Leaving Certificate Examination, 1910
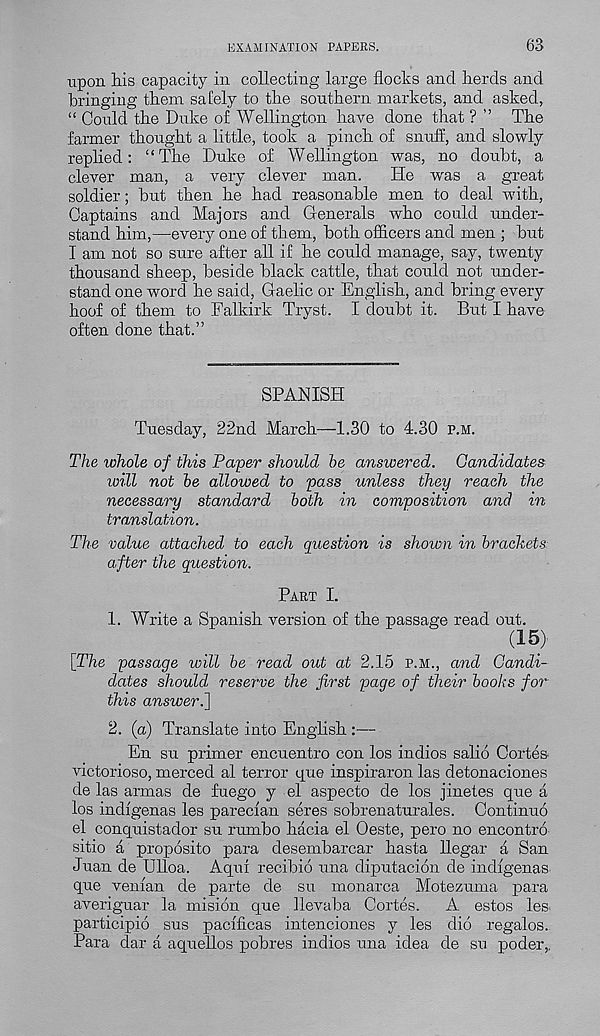
EXAMINATION PAPERS.
63
upon Ms capacity in collecting large flocks and lierds and
bringing them safely to the southern markets, and asked,
“ Could the Duke of Wellington have done that ? ” The
farmer thought a little, took a pinch of snuff, and slowly
replied: “The Duke of Wellington was, no doubt, a
clever man, a very clever man.
He was a great
soldier; but then he had reasonable men to deal with,
Captains and Majors and Generals who could under-
stand him,—every one of them, both officers and men ; but
I am not so sure after all if he could manage, say, twenty
thousand sheep, beside black cattle, that could not under-
stand one word he said, Gaelic or English, and bring every
hoof of them to Falkirk Tryst. I doubt it. But I have
often done that.”
SPANISH
Tuesday, 22nd March—1.30 to 4.30 p.m.
The whole of this Paper should he answered. Candidates
will not he allowed to pass unless they reach the
necessary standard both in composition and in
translation.
The value attached to each question is shown in brackets
after the question.
Part I.
1. Write a Spanish version of the passage read out.
( 15>
[The passage will be read out at 2.15 p.m., and Candi-
dates should reserve the first page of their books for
this answer.~\
2. (a) Translate into English :—
En su primer encuentro con los indios salio Cortes
victorioso, merced al terror que inspiraron las detonaciones
de las armas de fuego y el aspecto de los jinetes que a
los indigenas les parecian seres sobrenaturales. Continue
el conquistador su rumbo hacia el Oeste, pero no encontro
sitio a proposito para desembarcar hasta llegar a San
Juan de Ulloa. Aqui recibio una diputacion de indigenas
que venian de parte de su monarca Motezuma para
averiguar la mision que llevaba Cortes.
A estos les
participio sus pacfficas intenciones y les did regalos.
Para dar a aquellos pobres indios una idea de su poder,,